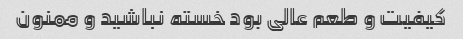
کیفیت و طعم عالی بود خسته نباشید و ممنون